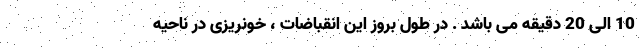
10 الی 20 دقیقه می باشد . در طول بروز این انقباضات ، خونریزی در ناحیه